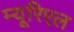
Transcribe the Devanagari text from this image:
म्यूरिएल